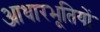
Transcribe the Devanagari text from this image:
आधारभूतियों